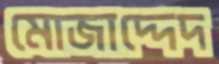
মোজাদ্দেদ